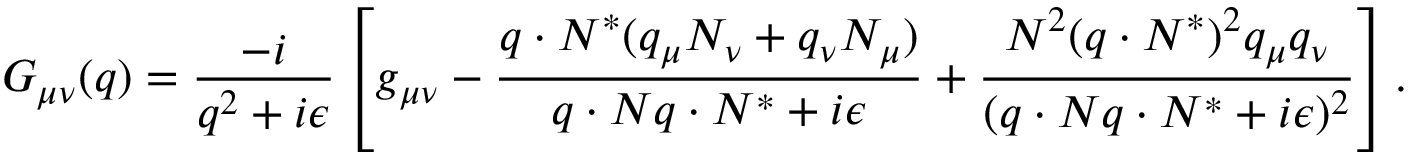
G _ { \mu \nu } ( q ) = \frac { - i } { q ^ { 2 } + i \epsilon } \left[ g _ { \mu \nu } - \frac { q \cdot N ^ { \ast } ( q _ { \mu } N _ { \nu } + q _ { \nu } N _ { \mu } ) } { q \cdot N q \cdot N ^ { \ast } + i \epsilon } + \frac { N ^ { 2 } ( q \cdot N ^ { \ast } ) ^ { 2 } q _ { \mu } q _ { \nu } } { ( q \cdot N q \cdot N ^ { \ast } + i \epsilon ) ^ { 2 } } \right] .